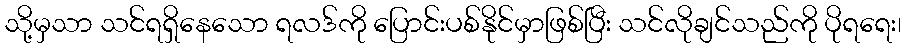
သို့မှသာ သင်ရရှိနေသော ရလဒ်ကို ပြောင်းပစ်နိုင်မှာဖြစ်ပြီး သင်လိုချင်သည်ကို ပိုရရေး၊